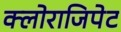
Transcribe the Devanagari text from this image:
क्लोराजिपेट